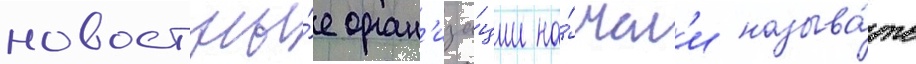
новостны́е орган'иза́ции на́чал'и называ́ть